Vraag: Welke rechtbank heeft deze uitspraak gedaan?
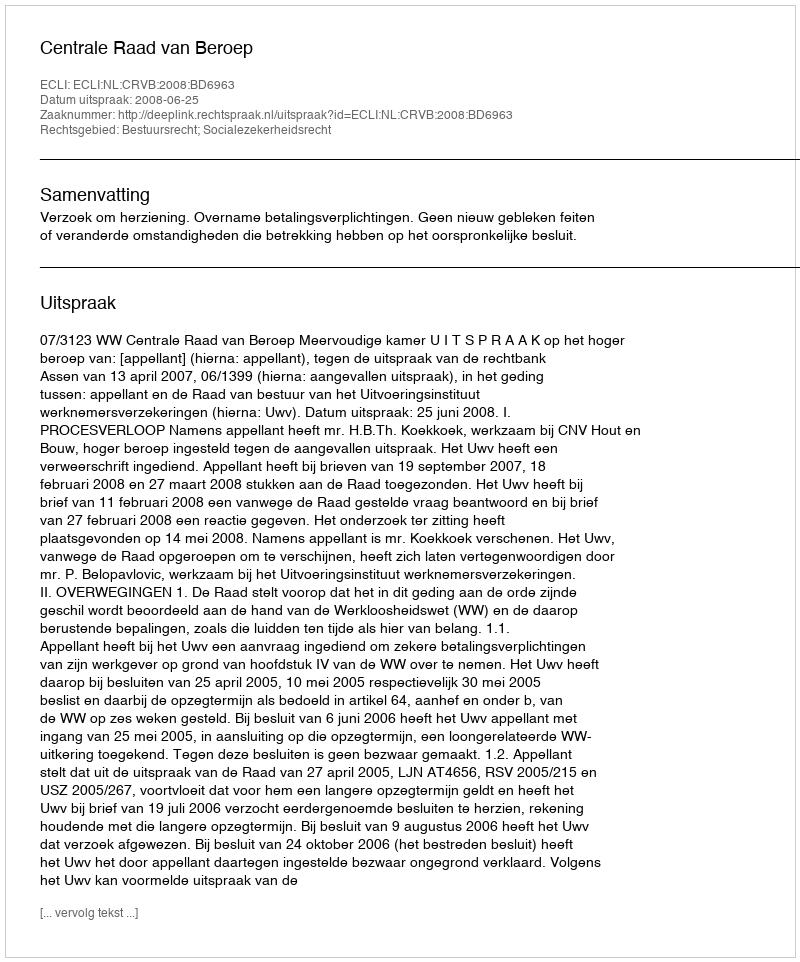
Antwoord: Centrale Raad van Beroep